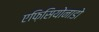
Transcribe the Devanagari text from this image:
एफ़िसियोनाडो